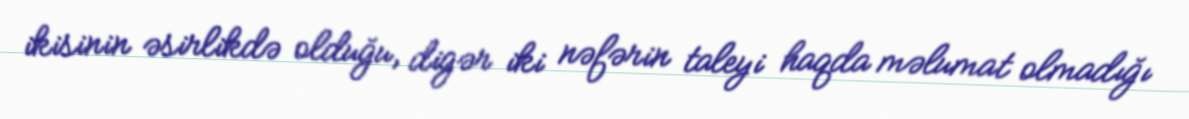
ikisinin əsirlikdə olduğu, digər iki nəfərin taleyi haqda məlumat olmadığı